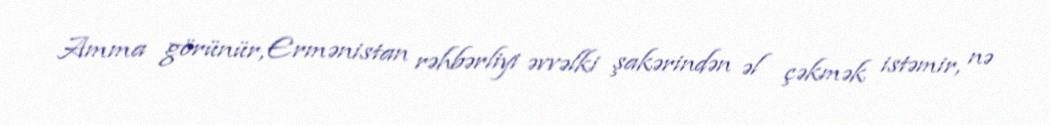
Amma görünür, Ermənistan rəhbərliyi əvvəlki şakərindən əl çəkmək istəmir, nə